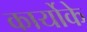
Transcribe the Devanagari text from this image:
कार्योके